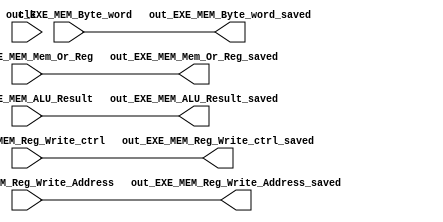
module EXE_MEM_Holder(


						input out_EXE_MEM_Reg_Write_ctrl, out_EXE_MEM_Mem_Or_Reg, out_EXE_MEM_Byte_word,   //WB control signals
									 
						input [31:0] out_EXE_MEM_ALU_Result,
						input [4:0] out_EXE_MEM_Reg_Write_Address,
						input clk,
						
						output reg out_EXE_MEM_Reg_Write_ctrl_saved, out_EXE_MEM_Mem_Or_Reg_saved, out_EXE_MEM_Byte_word_saved,   //WB control signals			 
						output reg [31:0] 	out_EXE_MEM_ALU_Result_saved,
						output reg [4:0] out_EXE_MEM_Reg_Write_Address_saved

);



always@(*)begin
out_EXE_MEM_Reg_Write_ctrl_saved=out_EXE_MEM_Reg_Write_ctrl;

out_EXE_MEM_Mem_Or_Reg_saved=out_EXE_MEM_Mem_Or_Reg;

out_EXE_MEM_Byte_word_saved=out_EXE_MEM_Byte_word;







out_EXE_MEM_ALU_Result_saved=out_EXE_MEM_ALU_Result;

out_EXE_MEM_Reg_Write_Address_saved=out_EXE_MEM_Reg_Write_Address;







end

endmodule